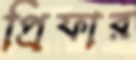
প্রিফার